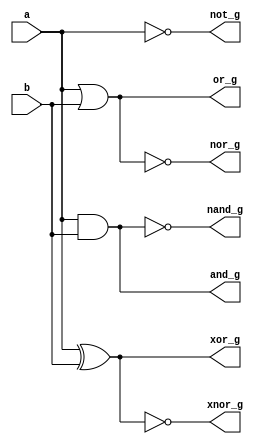
module gates(input a,b,
             output reg not_g,output reg and_g,output reg or_g,output reg nand_g,output reg nor_g,output reg xor_g,output reg xnor_g);

     always@(*)
     begin
	     not_g=~a;
	     and_g=a&b;
	     or_g=a|b;
	     nand_g=~(a&b);
	     nor_g=~(a|b);
	     xor_g=a^b;
	     xnor_g=~(a^b);
     end
     endmodule